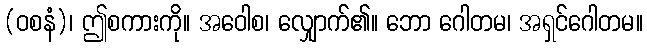
(ဝစနံ)၊ ဤစကားကို။ အဝေါစ၊ လျှောက်၏။ ဘော ဂေါတမ၊ အရှင်ဂေါတမ။